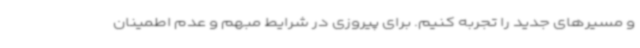
و مسیرهای جدید را تجربه کنیم. برای پیروزی در شرایط مبهم و عدم اطمینان